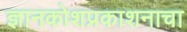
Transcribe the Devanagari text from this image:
ज्ञानकोशप्रकाशनाचा